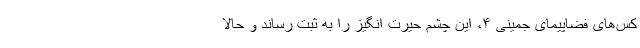
کس‌های فضاپیمای جمینی ۴، این چشم حیرت انگیز را به ثبت رساند و حالا